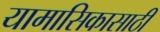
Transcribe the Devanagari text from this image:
यामासिकासाठी